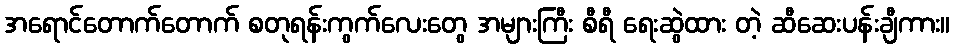
အရောင်တောက်တောက် စတုရန်းကွက်လေးတွေ အများကြီး စီရီ ရေးဆွဲထား တဲ့ ဆီဆေးပန်းချီကား။